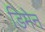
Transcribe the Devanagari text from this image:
डिमेन